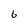
Character: 6